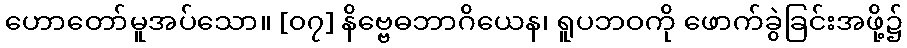
ဟောတော်မူအပ်သော။ [၀၇] နိဗ္ဗေဓဘာဂိယေန၊ ရူပဘဝကို ဖောက်ခွဲခြင်းအဖို့၌